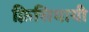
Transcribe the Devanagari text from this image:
फ़्रिसियायी